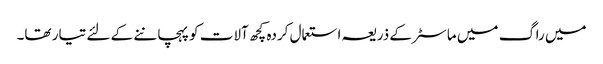
میں راگ میں ماسٹر کے ذریعہ استعمال کردہ کچھ آلات کو پہچاننے کے لئے تیار تھا۔